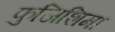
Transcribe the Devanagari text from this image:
फुजिशिमा